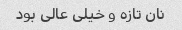
نان تازه و خیلی عالی بود